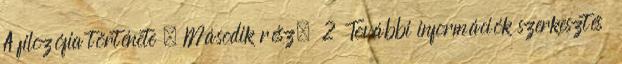
A filozófia története – Második rész. 2 További információk szerkesztés